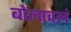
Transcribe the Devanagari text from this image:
बोलावलं